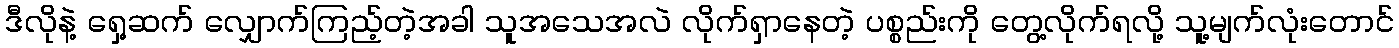
ဒီလိုနဲ့ ရှေ့ဆက် လျှောက်ကြည့်တဲ့အခါ သူအသေအလဲ လိုက်ရှာနေတဲ့ ပစ္စည်းကို တွေ့လိုက်ရလို့ သူ့မျက်လုံးတောင်